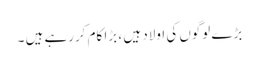
بڑے لوگوں کی اولاد ہیں ، بڑا کام کررہے ہیں ۔